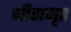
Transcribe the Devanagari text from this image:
गीतामृत